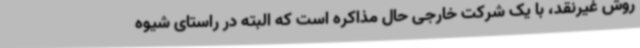
روش غیرنقد، با یک شرکت خارجی حال مذاکره است که البته در راستای شیوه